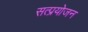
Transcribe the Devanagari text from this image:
सत्प्रयोजन